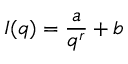
I ( q ) = \frac { a } { q ^ { r } } + b